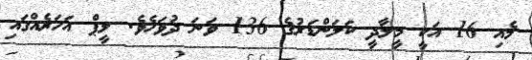
މެއި 16 އަކީ މީލާދީ ކަލަންޑަރުގެ 136 ވަނަ ދުވަހެވެ. ލީޕް އަހަރެއްގައި